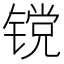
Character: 镋